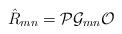
LaTeX: \begin{align*}\hat{R}_{mn} = {\cal P} {\cal G}_{mn} {\cal O} \, \end{align*}